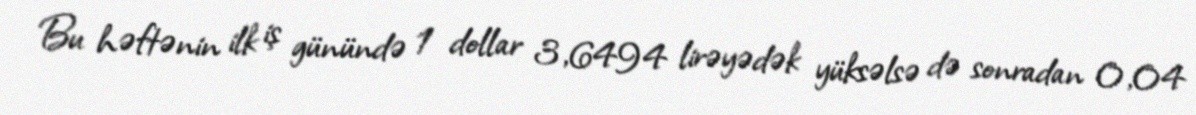
Bu həftənin ilk iş günündə 1 dollar 3,6494 lirəyədək yüksəlsə də sonradan 0,04